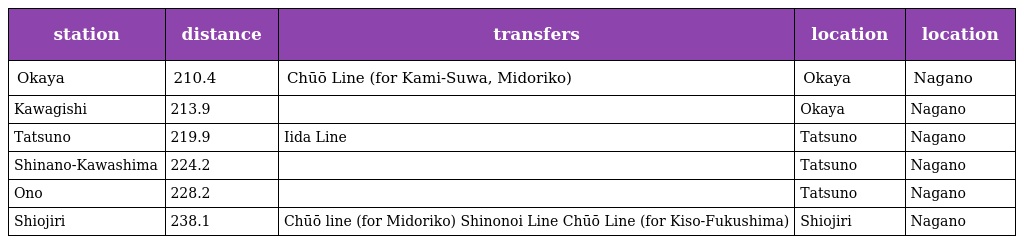
| station | distance | transfers | location | location |
 | --- | --- | --- | --- | --- |
 | Okaya | 210.4 | Chūō Line (for Kami-Suwa, Midoriko) | Okaya | Nagano |
 | Kawagishi | 213.9 |  | Okaya | Nagano |
 | Tatsuno | 219.9 | Iida Line | Tatsuno | Nagano |
 | Shinano-Kawashima | 224.2 |  | Tatsuno | Nagano |
 | Ono | 228.2 |  | Tatsuno | Nagano |
 | Shiojiri | 238.1 | Chūō line (for Midoriko) Shinonoi Line Chūō Line (for Kiso-Fukushima) | Shiojiri | Nagano |